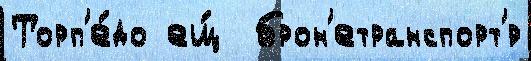
Торп'е́до ещ́  брон'етранспорт'́р